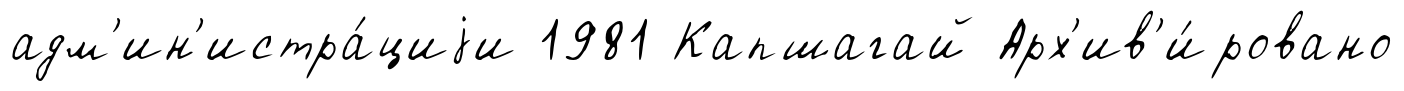
адм'ин'истра́циjи 1981 Капшагай Арх'ив'и́ровано